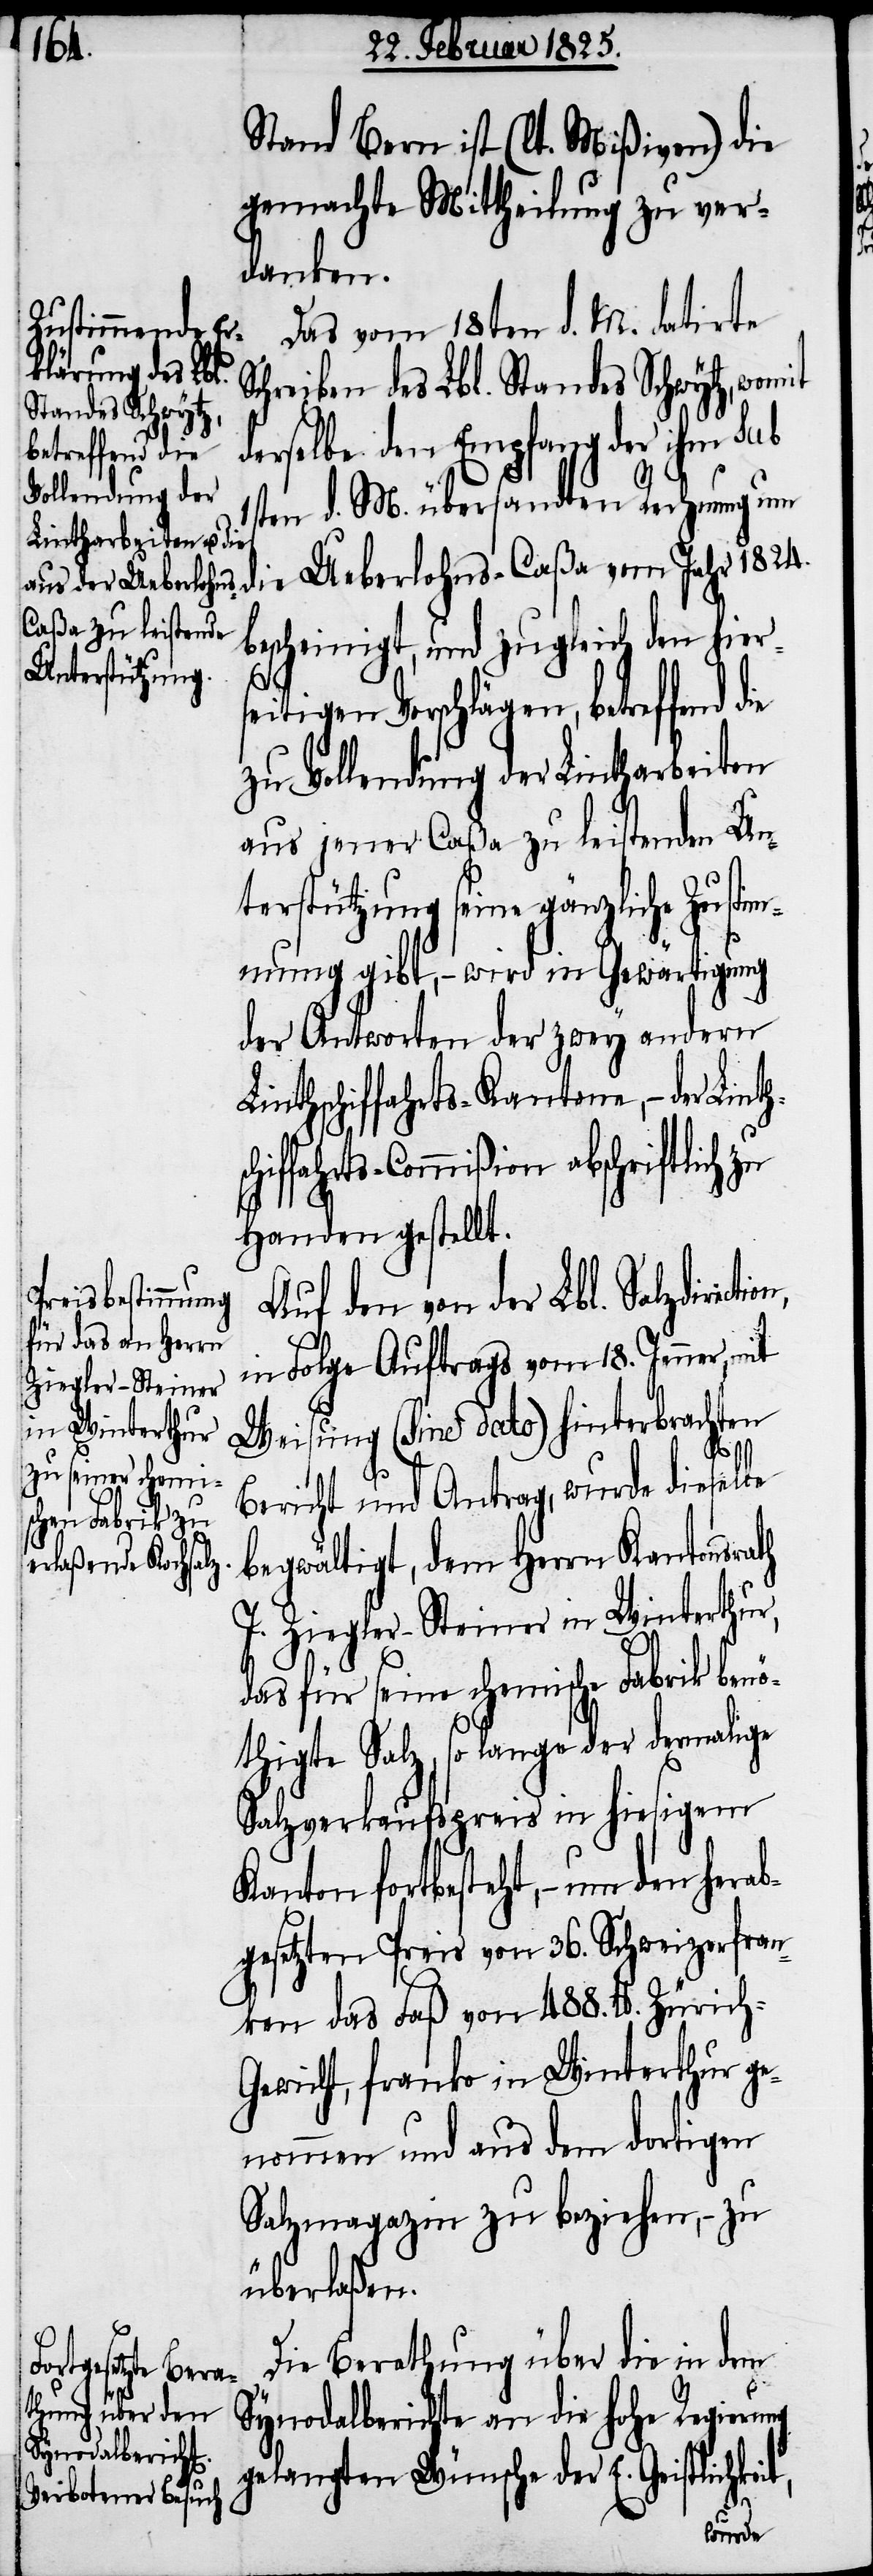
1824.
Stand Bern ist (lt. Mißiven) die
gemachte Mittheilung zu ver¬
danken.
Das vom 18ten d. M. datirte
chreiben des Lbl. Standes Schwytz, womit
derselbe den Empfang der ihm sub
ten d. M. übersandten Rechnung um
bescheinigt, und zugleich den hiers¬
eitigen Vorschlägen, betreffend
zu Vollendung der Lintharbeiten
aus jener Caßa zu leistenden Un¬
terstützung seine gänzliche Zustim¬
mung gibt, − wird in Gewärtigung
der Antworten der zwey andern
Linthschiffahrts-Kantone, − der Lint¬
hiffahrts-Commißion abschriftlich
Handen gestellt.
Auf den von der Lbl. Salzdirecti¬
in Folge Auftrags vom 18. Jenner, mit
Weisung (sine dato) hinterbrachten
it,
Bericht und Antrag, wurde dieselbe
begwältigt, dem Herrn Kantonsrath
Ueberlohns-Caßa
J. Ziegler-Steiner in Winterthur,
das für seine chemische Fabrik benö¬
thigte Salz, so lange der dermalige
Salzverkaufspreis in hiesigem
Kanton fortbesteht, − um den
bgesetzten Preis von 36. Schweizerfran¬
ken das Faß von 488. lb. Züric¬
ewicht, franko in Winterthur ge¬
nommen und aus dem dortigen
Salzmagazin zu beziehen, – zu
überlaßen.
Die Berathung über die in dem
Synodalberichte an die hohe Regierung
gelangten Wünsche der E. Geistlichke¬